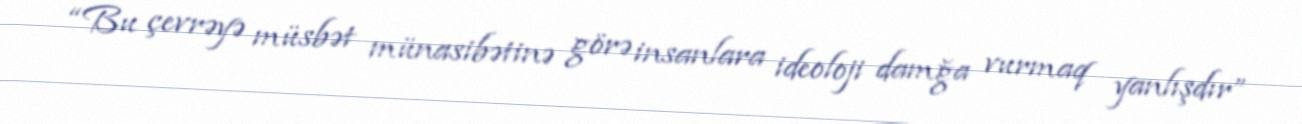
“Bu çevrəyə müsbət münasibətinə görə insanlara ideoloji damğa vurmaq yanlışdır”